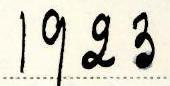
1923